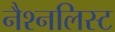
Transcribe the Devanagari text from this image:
नैश्नलिस्ट